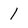
Character: 1